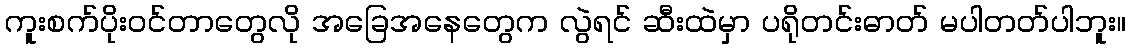
ကူးစက်ပိုးဝင်တာတွေလို အခြေအနေတွေက လွဲရင် ဆီးထဲမှာ ပရိုတင်းဓာတ် မပါတတ်ပါဘူး။